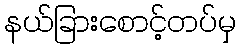
နယ်ခြားစောင့်တပ်မှ